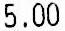
5.00